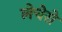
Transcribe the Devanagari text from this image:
लेचेरो